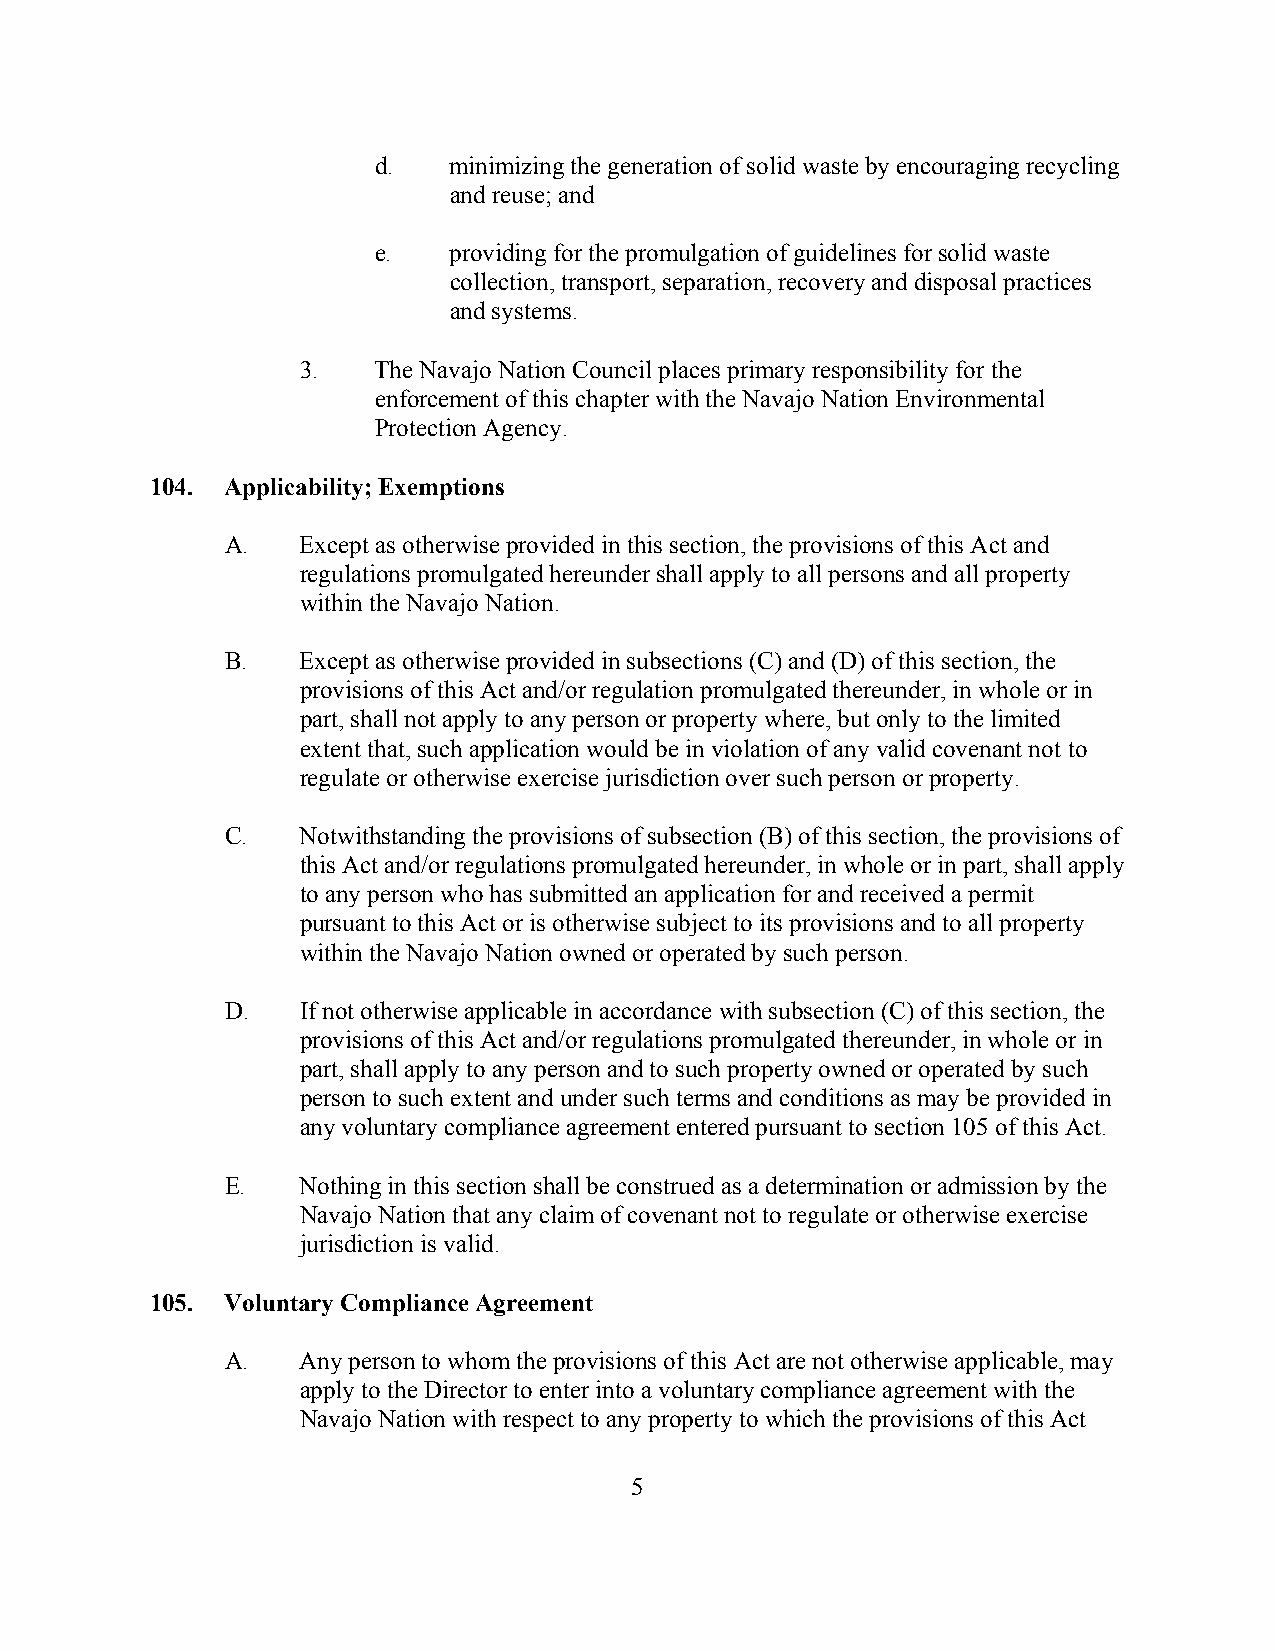
d.   minimizing the generation of solid waste by encouraging recycling
 and reuse; and
 e.   providing for the promulgation of guidelines for solid waste
 collection, transport, separation, recovery and disposal practices
 and systems.
 3.   The Navajo Nation Council places primary responsibility for the
 enforcement of this chapter with the Navajo Nation Environmental
 Protection Agency.
 104. Applicability; Exemptions
 A.   Except as otherwise provided in this section, the provisions of this Act and
 regulations promulgated hereunder shall apply to all persons and all property
 within the Navajo Nation.
 B.   Except as otherwise provided in subsections (C) and (D) of this section, the
 provisions of this Act and/or regulation promulgated thereunder, in whole or in
 part, shall not apply to any person or property where, but only to the limited
 extent that, such application would be in violation of any valid covenant not to
 regulate or otherwise exercise jurisdiction over such person or property.
 C.   Notwithstanding the provisions of subsection (B) of this section, the provisions of
 this Act and/or regulations promulgated hereunder, in whole or in part, shall apply
 to any person who has submitted an application for and received a permit
 pursuant to this Act or is otherwise subject to its provisions and to all property
 within the Navajo Nation owned or operated by such person.
 D.   If not otherwise applicable in accordance with subsection (C) of this section, the
 provisions of this Act and/or regulations promulgated thereunder, in whole or in
 part, shall apply to any person and to such property owned or operated by such
 person to such extent and under such terms and conditions as may be provided in
 any voluntary compliance agreement entered pursuant to section 105 of this Act.
 E.   Nothing in this section shall be construed as a determination or admission by the
 Navajo Nation that any claim of covenant not to regulate or otherwise exercise
 jurisdiction is valid.
 105. Voluntary Compliance Agreement
 A.   Any person to whom the provisions of this Act are not otherwise applicable, may
 apply to the Director to enter into a voluntary compliance agreement with the
 Navajo Nation with respect to any property to which the provisions of this Act
 5